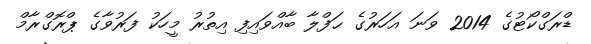
ޑްރަގްކޯޓުގެ 2014 ވަނަ އަހަރުގެ ޙަފްލާ ބާއްވައިފި އިތުރު މީހަކު ފަރުވާގެ ޕްރޮގްރާމް